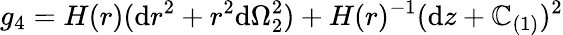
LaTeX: g_{4}=H(r)(\mathrm{d}r^{2}+r^{2}\mathrm{d}\Omega_{2}^{2})+H(r)^{-1}(\mathrm{d}z+\mathbb{C}_{(1)})^{2}